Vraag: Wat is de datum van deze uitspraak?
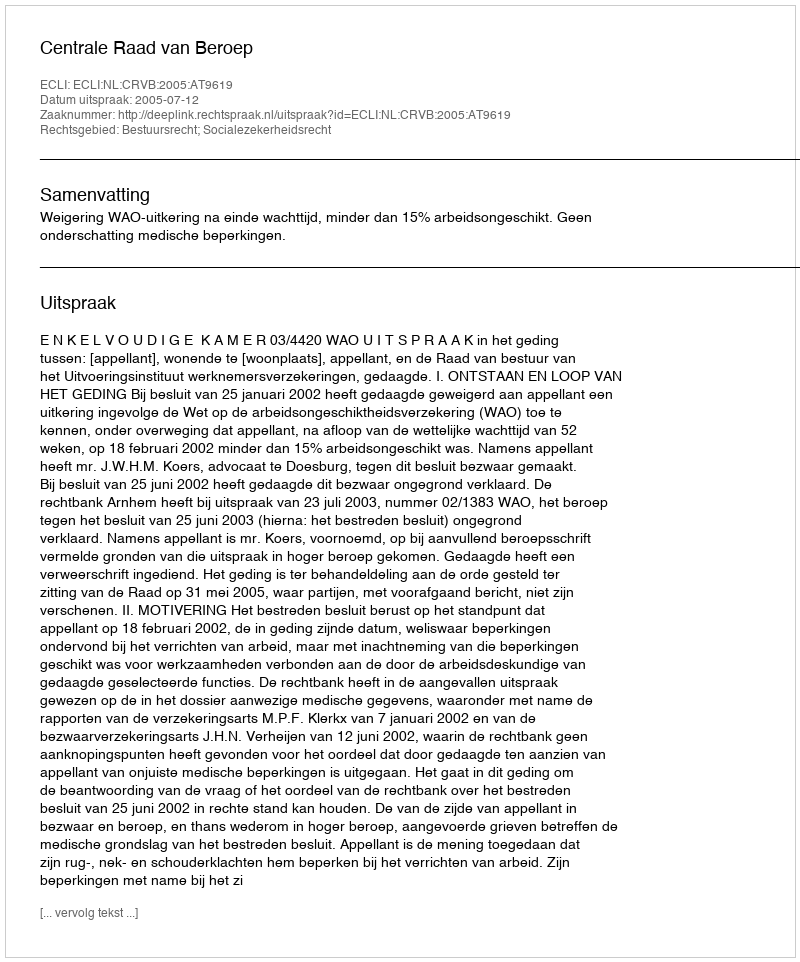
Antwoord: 2005-07-12